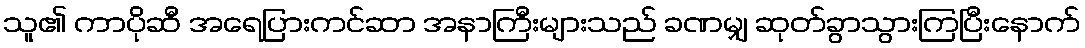
သူ၏ ကာပိုဆီ အရေပြားကင်ဆာ အနာကြီးများသည် ခဏမျှ ဆုတ်ခွာသွားကြပြီးနောက်